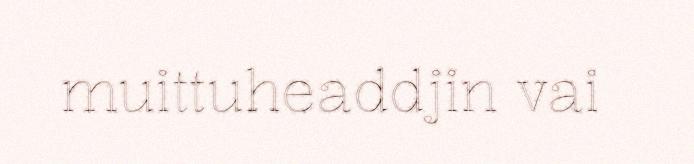
muittuheaddjin vai